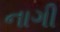
નાગી